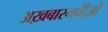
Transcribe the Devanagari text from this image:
अख़बारनवीज़ों